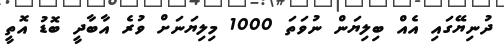
ދުނިޔޭގައި އެއް ބިލިޔަން ނުވަތަ 1000 މިލިޔަނަށް ވުރެ އާބާދީ ބޮޑު އޮތީ